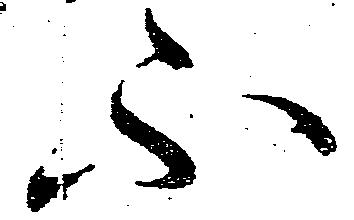
不